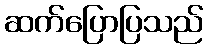
ဆက်ပြောပြသည်